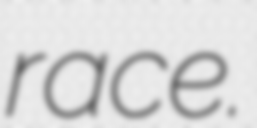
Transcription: race.